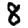
Digit: 8